Report on sanitation, dispensaries, and jails in Rajputana for 1921, and on vaccination for the year 1921-1922 - 1921-1922
Year: 1921
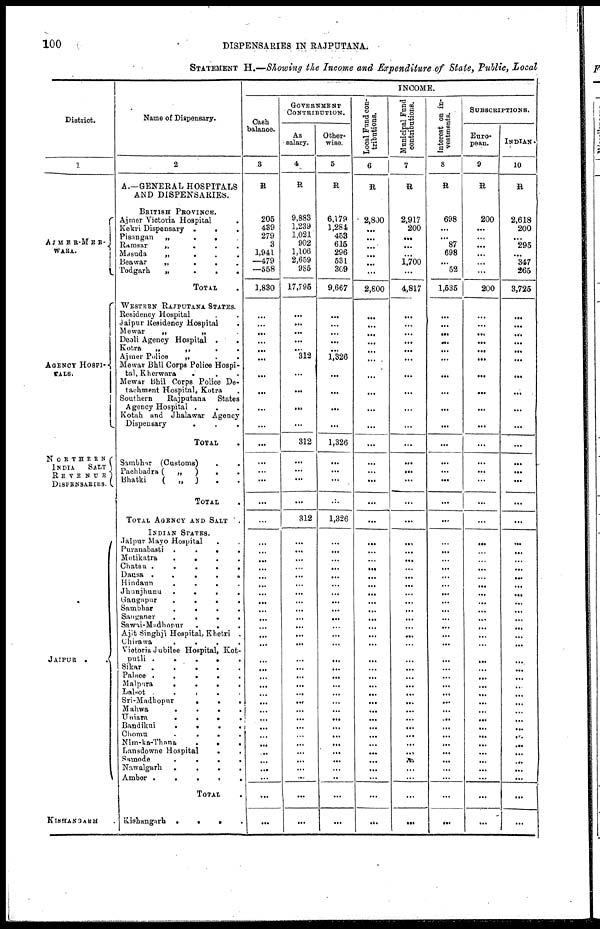
100
DISPENSARIES IN RAJPUTANA.
STATEMENT H.—Showing the Income and Expenditure of State, Public, Local
District.
1
AJMER-MER-
WARA.
AGENCY HOSPI-
TALS.
NORTHERN
INDIA
SALT
REVENUE
DISPENSARIES.
JAIPUR
. .
KISHANGARH .
Name of Dispensary.
2
A.—GENERAL HOSPITALS
AND DISPENSARIES.
BRITISH PROVINCE.
Ajmer Victoria Hospital
.
Kekri Dispensary
...
Pisangan
„
...
Ramsar
„
.
.
.
Masuda
„
.
.
.
Beawar
„
.
.
.
Todgarh
„
.
.
.
TOTAL .
WESTERN RAJPUTANA STATES.
Residency Hospital ...
Jaipur Residency Hospital ...
Mewar
„
„ .
Deoli Agency Hospital
...
Kotra
„
„ ...
Ajmer Police
„ ...
Mewar Bhil Corps Police Hospi-
tal, Kherwara ...
Mewar Bhil Corps Police De-
tachment Hospital, Kotra .
Southern
Rajputana
States
Agency Hospital ...
Kotah and Jhalawar Agency
Dispensary ...
TOTAL .
Sambhar (Customs) ..
Pachbadra (
„
)
..
Bhatki
(
„
) ..
TOTAL .
TOTAL AGENCY AND SALT .
INDIAN STATES.
Jaipur Mayo Hospital ..
Puranabasti
.
.
.
.
Motikatra
.
.
.
.
Chatsu .
.
.
.
.
Dausa
......
Hindaun
.
.
.
.
Jhunjhunu
.
.
.
.
Gangapur
.
.
.
.
Sambhar
.
.
.
.
Sanganer
....
Sawai-Madhopur
.
.
.
Ajit Singhji Hospital, Khetri .
Chirawa
....
Victoria Jubilee Hospital, Kot-
putli
.....
Sikar
Palace
.....
Malpura
.....
Lalsot
....
Sri-Madhopur
....
Mahwa
....
Uniara
....
Bandikui
....
Chomu
....
Nim-ka-Thana
....
Lansdowne Hospital
..
Samode
....
Nawalgarh
....
Amber
....
TOTAL .
Kishangarh
....
INCOME.
Cash
balance.
3
R
205
439
279
3
1,941
—479
—558
1,830
...
...
...
...
...
...
...
...
...
...
...
...
...
...
...
...
...
...
...
...
...
...
...
...
...
...
...
...
...
...
...
...
...
...
...
...
...
...
...
...
...
...
...
...
...
...
GOVERNMENT
CONTRIBUTION.
As
salary.
4
R
9,883
1,239
1,021
902
1,106
2,659
985
17,795
...
...
...
...
...
312
...
...
...
...
312
...
...
...
...
312
...
...
...
...
...
...
...
...
...
...
...
...
...
...
...
...
...
...
...
...
...
...
...
...
...
...
...
...
...
...
Other-
wise.
5
R
6,179
1,284
453
615
296
531
309
9,667
...
...
...
...
...
1,326
...
...
...
...
1,326
...
...
...
...
1,326
...
...
...
...
...
...
...
...
...
...
...
...
...
...
...
...
...
...
...
...
...
...
...
...
...
...
...
...
...
...
Local Fund con-
tributions.
6
R
2,800
...
...
...
...
...
...
2,800
...
...
...
...
...
...
...
...
...
...
...
...
...
...
...
...
...
...
...
...
...
...
...
...
...
...
...
...
...
...
...
...
...
...
...
...
...
...
...
...
...
...
...
...
...
...
Municipal Fund
contributions.
7
R
2,917
200
...
...
...
1,700
...
4,817
...
...
...
...
...
...
...
...
...
...
...
...
...
...
...
...
...
...
...
...
...
...
...
...
...
...
...
...
...
...
...
...
...
...
...
...
...
...
...
...
...
...
...
...
...
...
Interest on in-
vestments.
8
R
698
...
...
87
698
...
52
1,535
...
...
...
...
...
...
...
...
...
...
...
...
...
...
...
...
...
...
...
...
...
...
...
...
...
...
...
...
...
...
...
...
...
...
...
...
...
...
...
...
...
...
...
...
...
...
SUBSCRIPTIONS.
Euro-
pean.
9
R
200
...
...
...
...
...
...
200
...
...
...
...
...
...
...
...
...
...
...
...
...
...
...
...
...
...
...
...
...
...
...
...
...
...
...
...
...
...
...
...
...
...
...
...
...
...
...
...
...
...
...
...
...
...
INDIAN.
10
R
2,618
200
...
295
...
347
265
3,725
...
...
...
...
...
...
...
...
...
...
...
...
...
...
...
...
...
...
...
...
...
...
...
...
...
...
...
...
...
...
...
...
...
...
...
...
...
...
...
...
...
...
...
...
...
...